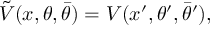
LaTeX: \tilde { V } ( x , \theta , \bar { \theta } ) = V ( x ^ { \prime } , \theta ^ { \prime } , \bar { \theta } ^ { \prime } ) ,